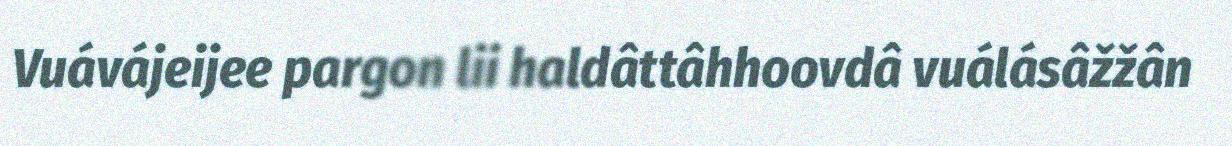
Vuávájeijee pargon lii haldâttâhhoovdâ vuálásâžžân